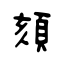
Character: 頦